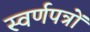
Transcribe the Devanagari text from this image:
स्वर्णपत्रों